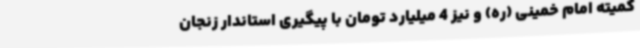
کمیته امام خمینی (ره) و نیز 4 میلیارد تومان با پیگیری استاندار زنجان